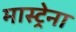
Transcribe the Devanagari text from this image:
मास्ट्रेना